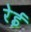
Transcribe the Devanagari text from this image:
रेई